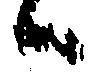
ハ